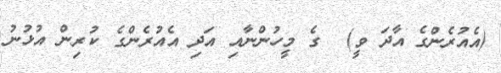
(އެއުރެންގެ އާދަ ވީ)  ގެ މީހުންނާއި އަދި އެއުރެންގެ ކުރިން އުޅުނު